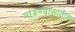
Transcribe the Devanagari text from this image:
मांडण्यासाठीच